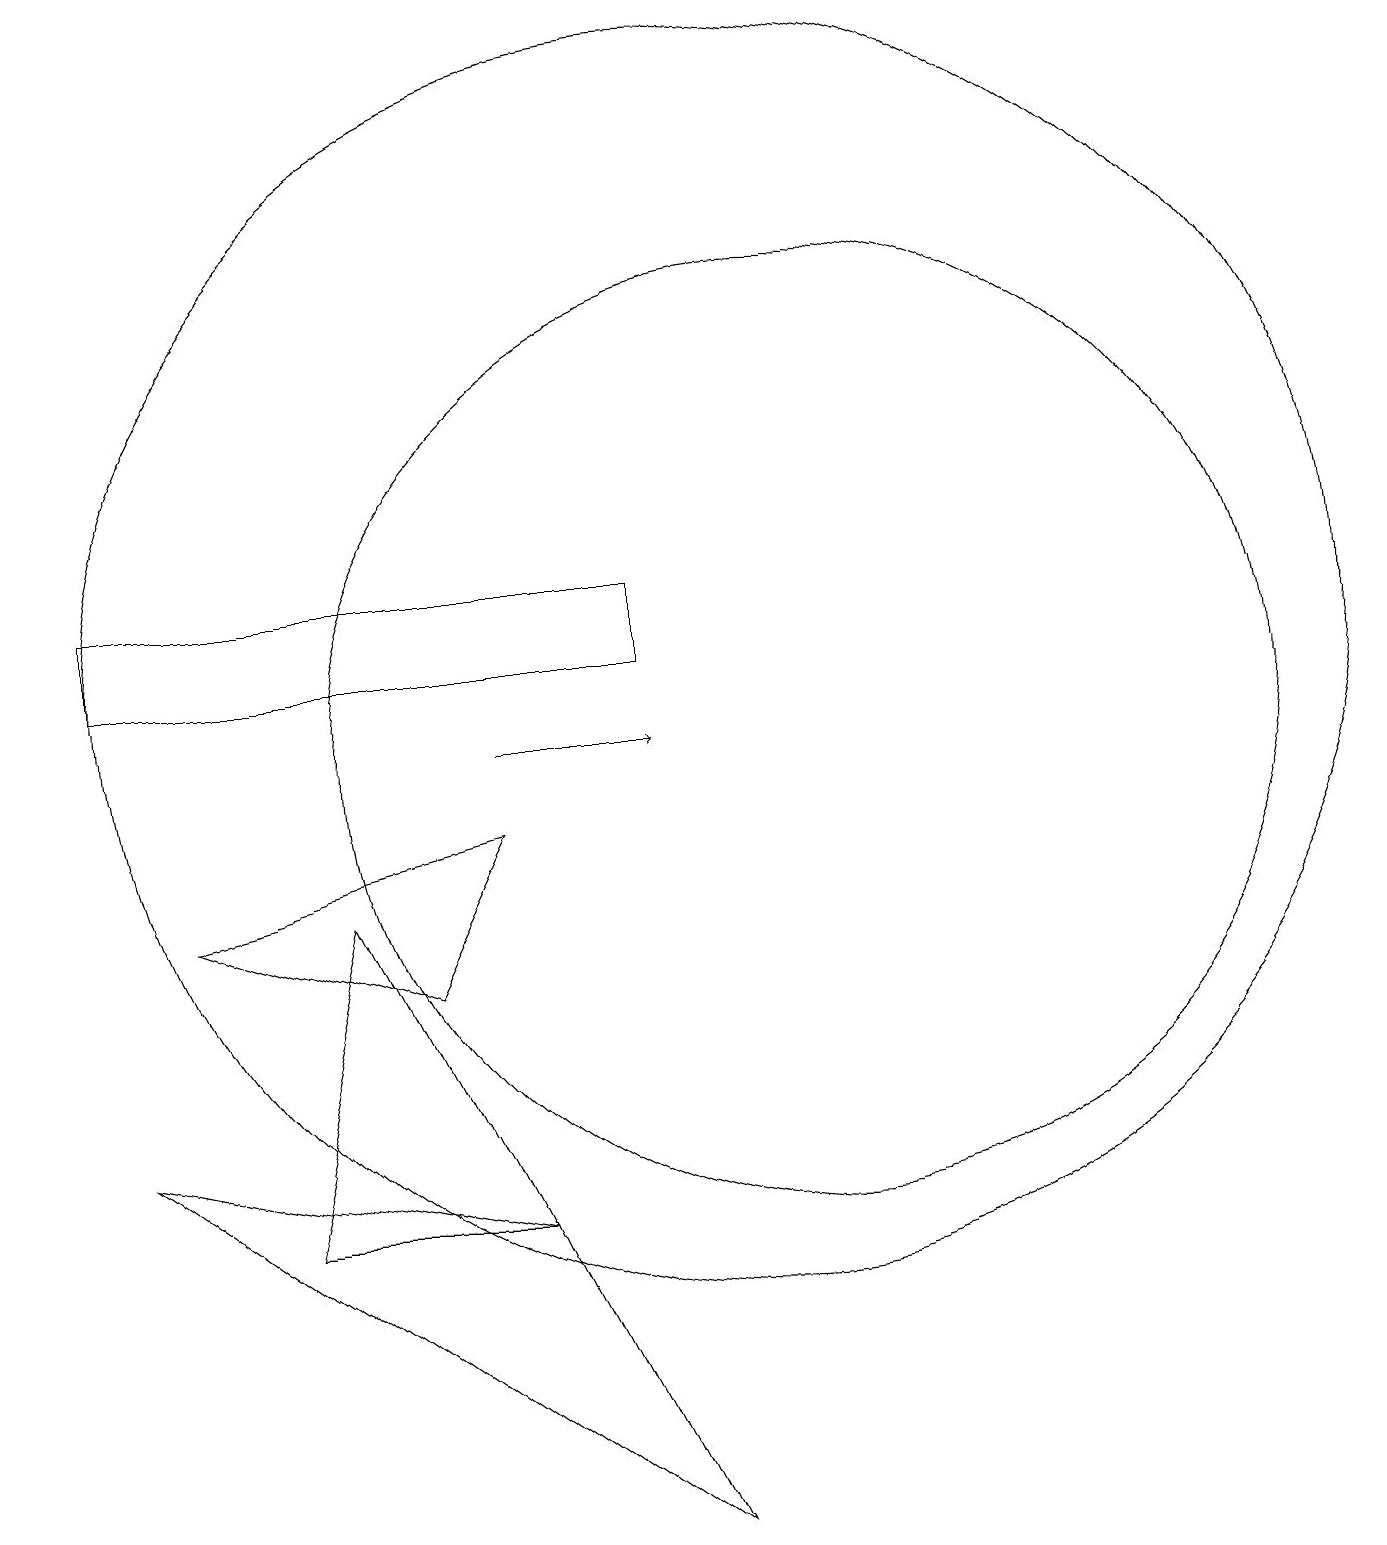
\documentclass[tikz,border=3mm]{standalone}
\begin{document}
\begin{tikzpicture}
\draw (6,7) -- (7,9) -- (3,8) -- cycle;
\draw (9,0) -- (2,5) -- (7,4) -- cycle;
\draw (10,11) circle (8);
\draw (11,10) circle (6);
\draw (9,12) rectangle (2,11);
\draw (5,8) -- (4,4) -- (7,4) -- cycle;
\draw (1,18) rectangle (1,16);
\draw[->] (7,10) -- (9,10);
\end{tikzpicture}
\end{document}